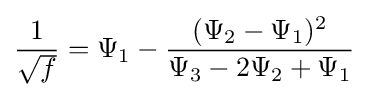
{\frac {1}{\sqrt {f}}}=\Psi _{1}-{\frac {(\Psi _{2}-\Psi _{1})^{2}}{\Psi _{3}-2\Psi _{2}+\Psi _{1}}}